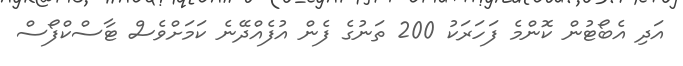
އަދި އެބޯޓުން ކޮންމެ ފަހަރަކު 200 ތަނުގެ ފެން އުފެއްދޭނެ ކަމަށްވެސް ޓާސްކްފޯސް